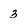
Character: 3